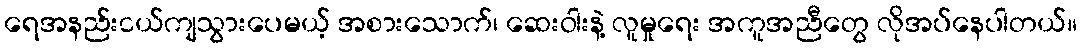
ရေအနည်းငယ်ကျသွားပေမယ့် အစားသောက်၊ ဆေးဝါးနဲ့ လူမှုရေး အကူအညီတွေ လိုအပ်နေပါတယ်။